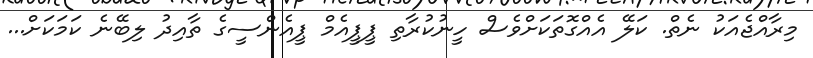
މިރާއްޖެއަކު ނެތް. ކަލޭ އެއްގޮތަކަށްވެސް ހީނުކުރާތި ޕީޕީއެމް ޕީއެންސީގެ ތާއިދު ލިބޭނެ ކަމަކަށް...